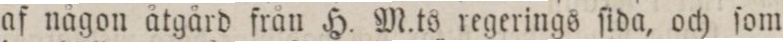
af någon åtgård från H. M.ts regerings ſida, och ſom